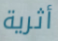
أثرية